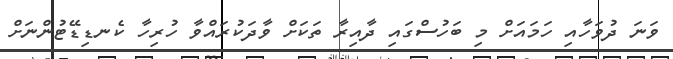
ވަނަ ދުވަހާއި ހަމައަށް މި ބަހުސްގައި ދާއިރާ ތަކަށް ވާދަކުރައްވާ ހުރިހާ ކެނޑިޑޭޓުންނަށް